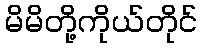
မိမိတို့ကိုယ်တိုင်